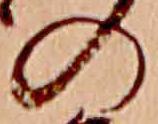
の